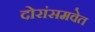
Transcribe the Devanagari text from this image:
दोरांसमवेत